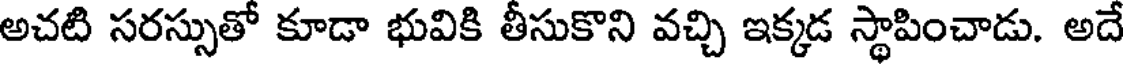
అచటి సరస్సుతో కూడా భువికి తీసుకొని వచ్చి ఇక్కడ స్థాపించాడు. అదే